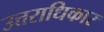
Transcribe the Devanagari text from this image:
उत्तराधिकार